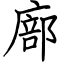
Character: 廍